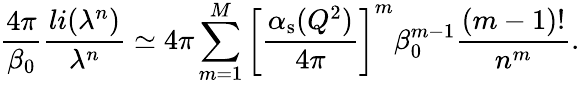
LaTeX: \frac{4\pi}{\beta_{0}}\frac{li(\lambda^{n})}{\lambda^{n}}\simeq 4\pi\sum_{m=1}^{M}\left[\frac{\alpha_{\mathrm{s}}(Q^{2})}{4\pi}\right]^{m}\beta_{0}^{m-1}\frac{(m-1)!}{n^{m}}.